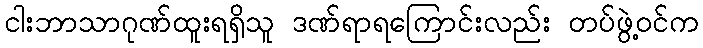
ငါးဘာသာဂုဏ်ထူးရရှိသူ ဒဏ်ရာရကြောင်းလည်း တပ်ဖွဲ့ဝင်က